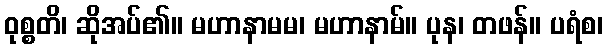
ဝုစ္စတိ၊ ဆိုအပ်၏။ မဟာနာမမ၊ မဟာနာမ်။ ပုန၊ တဖန်။ ပရံစ၊